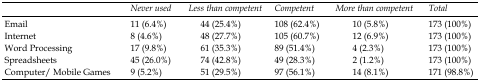
|  | Never used | Less than competent | Competent | More than competent | Total |
 | --- | --- | --- | --- | --- | --- |
 | Email | 11 (6.4%) | 44 (25.4%) | 108 (62.4%) | 10 (5.8%) | 173 (100%) |
 | Internet | 8 (4.6%) | 48 (27.7%) | 105 (60.7%) | 12 (6.9%) | 173 (100%) |
 | Word Processing | 17 (9.8%) | 61 (35.3%) | 89 (51.4%) | 4 (2.3%) | 173 (100%) |
 | Spreadsheets | 45 (26.0%) | 74 (42.8%) | 49 (28.3%) | 2 (1.2%) | 173 (100%) |
 | Computer/ Mobile Games | 9 (5.2%) | 51 (29.5%) | 97 (56.1%) | 14 (8.1%) | 171 (98.8%) |